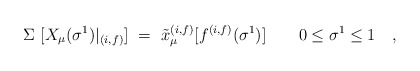
\begin{align*}\Sigma ~[X_{\mu}(\sigma^1) |_{(i,f)} ] ~=~ {\tilde x}^{(i,f)}_{\mu}[f^{(i,f)}(\sigma^1)]\quad\quad 0 \le \sigma^1 \le 1 \quad ,\end{align*}